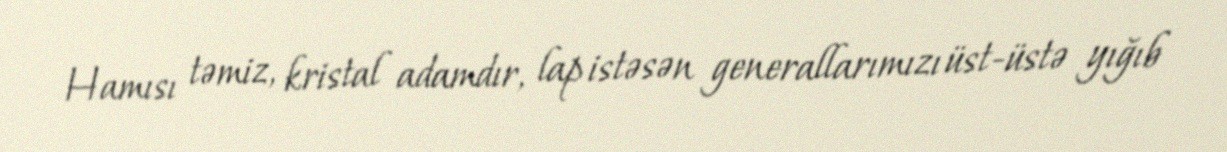
Hamısı təmiz, kristal adamdır, lap istəsən generallarımızı üst-üstə yığıb